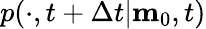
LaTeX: p(\cdot,t+\Delta t|\mathbf{m}_{0},t)